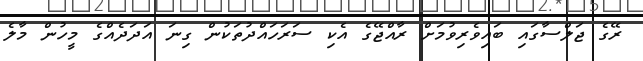
ރޭގެ ޖަލްސާގައި ބައިވެރިވުމަށް ރާއްޖޭގެ އެކި ސަރަހައްދުތަކުން ގިނަ އަދަދެއްގެ މީހުން މާލެ